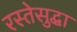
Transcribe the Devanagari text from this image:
रस्तेसुद्धा